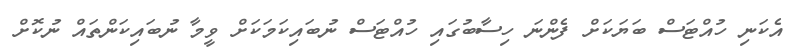
އެކަނި ހުއްޓަސް ބަޔަކަށް ފެންނަ ހިސާބުގައި ހުއްޓަސް ނުބައިކަމަކަށް ވީމާ ނުބައިކަންތައް ނުކޮށް